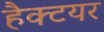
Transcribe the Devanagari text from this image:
हैक्टयर